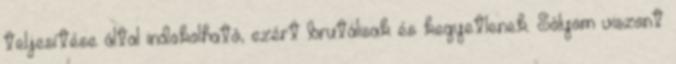
teljesítése által indokolható, ezért brutálisak és kegyetlenek. Sólyom viszont